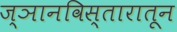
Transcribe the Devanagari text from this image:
ज्ञानविस्तारातून